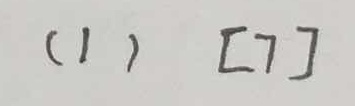
( 1 ) [ 7 ]